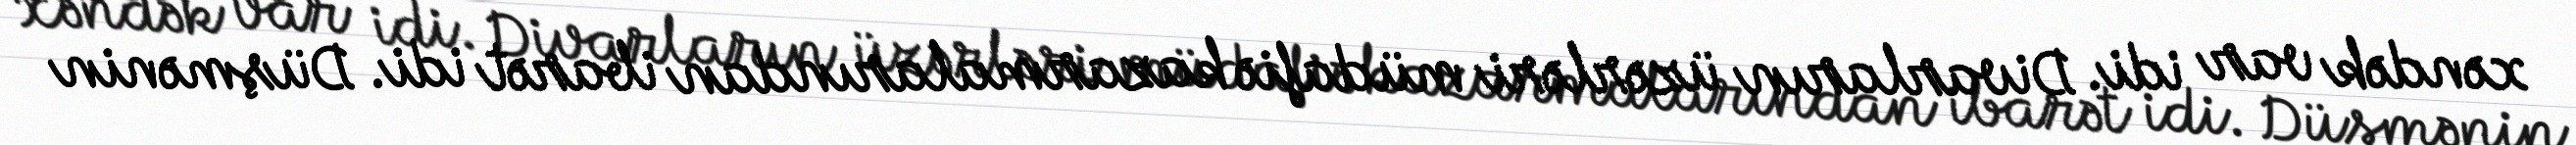
xəndək var idi. Divarların üzərləri müdafiə kazarmalarından ibarət idi. Düşmənin